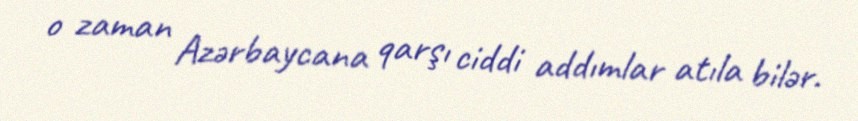
o zaman Azərbaycana qarşı ciddi addımlar atıla bilər.